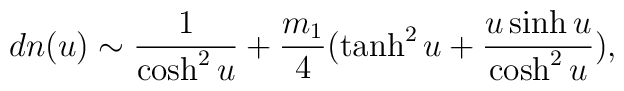
dn(u) \sim \frac{1}{\cosh ^{2} u} + \frac{m_{1}}{4} ( \tanh ^{2} u +\frac{u \sinh u}{\cosh ^{2} u } ) ,